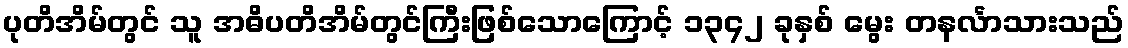
ပုတိအိမ်တွင် သူ အဓိပတိအိမ်တွင်ကြီးဖြစ်သောကြောင့် ၁၃၄၂ ခုနှစ် မွေး တနင်္လာသားသည်